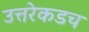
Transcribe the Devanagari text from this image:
उत्तरेकडच